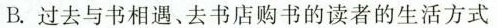
B. 过去与书相遇、去书店购书的读者的生活方式